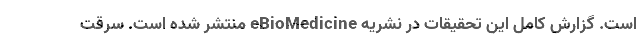
است. گزارش کامل این تحقیقات در نشریه eBioMedicine منتشر شده است. سرقت